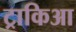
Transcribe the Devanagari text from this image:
ट्राकिआ